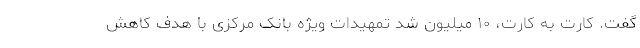
گفت. کارت به کارت، ۱۰ میلیون شد تمهیدات ویژه بانک مرکزی با هدف کاهش